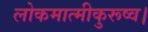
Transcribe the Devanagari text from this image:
लोकमात्मीकुरूष्व।